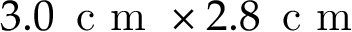
3 . 0 \, \mathrm { ~ c ~ m ~ } \times 2 . 8 \, \mathrm { ~ c ~ m ~ }